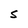
Character: 5